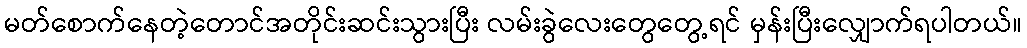
မတ်စောက်နေတဲ့တောင်အတိုင်းဆင်းသွားပြီး လမ်းခွဲလေးတွေတွေ့ရင် မှန်းပြီးလျှောက်ရပါတယ်။